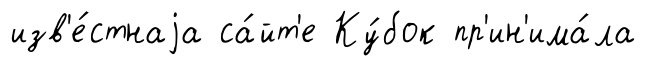
изв'е́стнаjа са́йт'е Ку́бок пр'ин'има́ла